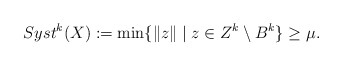
\begin{align*}Syst^k(X) := \min \{\|z\|\; | \; z \in Z^k \setminus B^k \} \geq \mu.\end{align*}